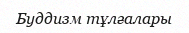
Буддизм тұлғалары